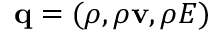
\mathbf { q } = ( \rho , \rho \mathbf { v } , \rho E )